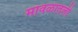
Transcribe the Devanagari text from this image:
मावळातली